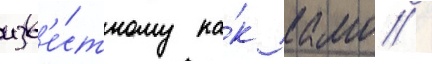
изв'е́стному ка́к камо /